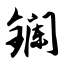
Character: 镧